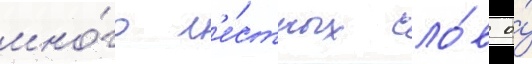
мно́го л'е́стных сло́в о́